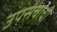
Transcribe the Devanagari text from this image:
उपसंचांची